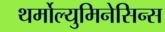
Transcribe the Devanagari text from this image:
थर्मोल्युमिनेसिन्स